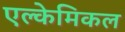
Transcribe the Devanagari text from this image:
एल्केमिकल